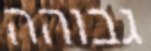
גבוהה